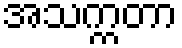
အသက္ကတာ